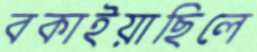
বকাইয়াছিলে